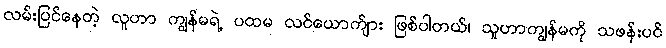
လမ်းပြင်နေတဲ့ လူဟာ ကျွန်မရဲ့ ပထမ လင်ယောက်ျား ဖြစ်ပါတယ်၊ သူဟာကျွန်မကို သဖန်းပင်